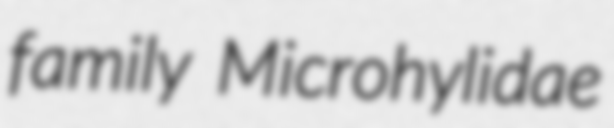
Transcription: family Microhylidae